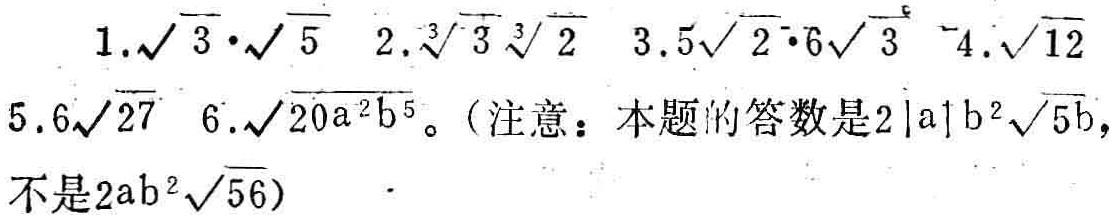
1. $\sqrt{3}\cdot\sqrt{5}$  2. $\sqrt[3]{3}\sqrt[3]{2}$  3. $5\sqrt{2}\cdot6\sqrt{3}$  4. $\sqrt{12}$  5. $6\sqrt{27}$  6. $\sqrt{20a^{2}b^{5}}$ 。(注意：本题的答数是$2|a|b^{2}\sqrt{5b}$，不是$2ab^{2}\sqrt{56}$)